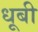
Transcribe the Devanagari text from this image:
धूबी